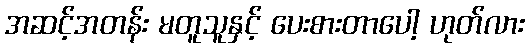
အဆင့်အတန်း မတူသူနှင့် ပေးစားတာပေါ့ ဟုတ်လား